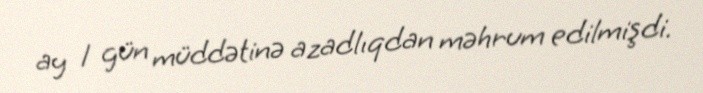
ay 1 gün müddətinə azadlıqdan məhrum edilmişdi.